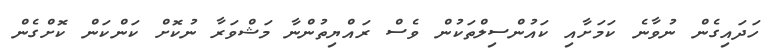
ހަދައިގެން ނުވާނެ ކަމަށާއި ކައުންސިލްތަކުން ވެސް ރައްޔިތުންނާ މަޝްވަރާ ނުކޮށް ކަންކަން ކޮށްގެން